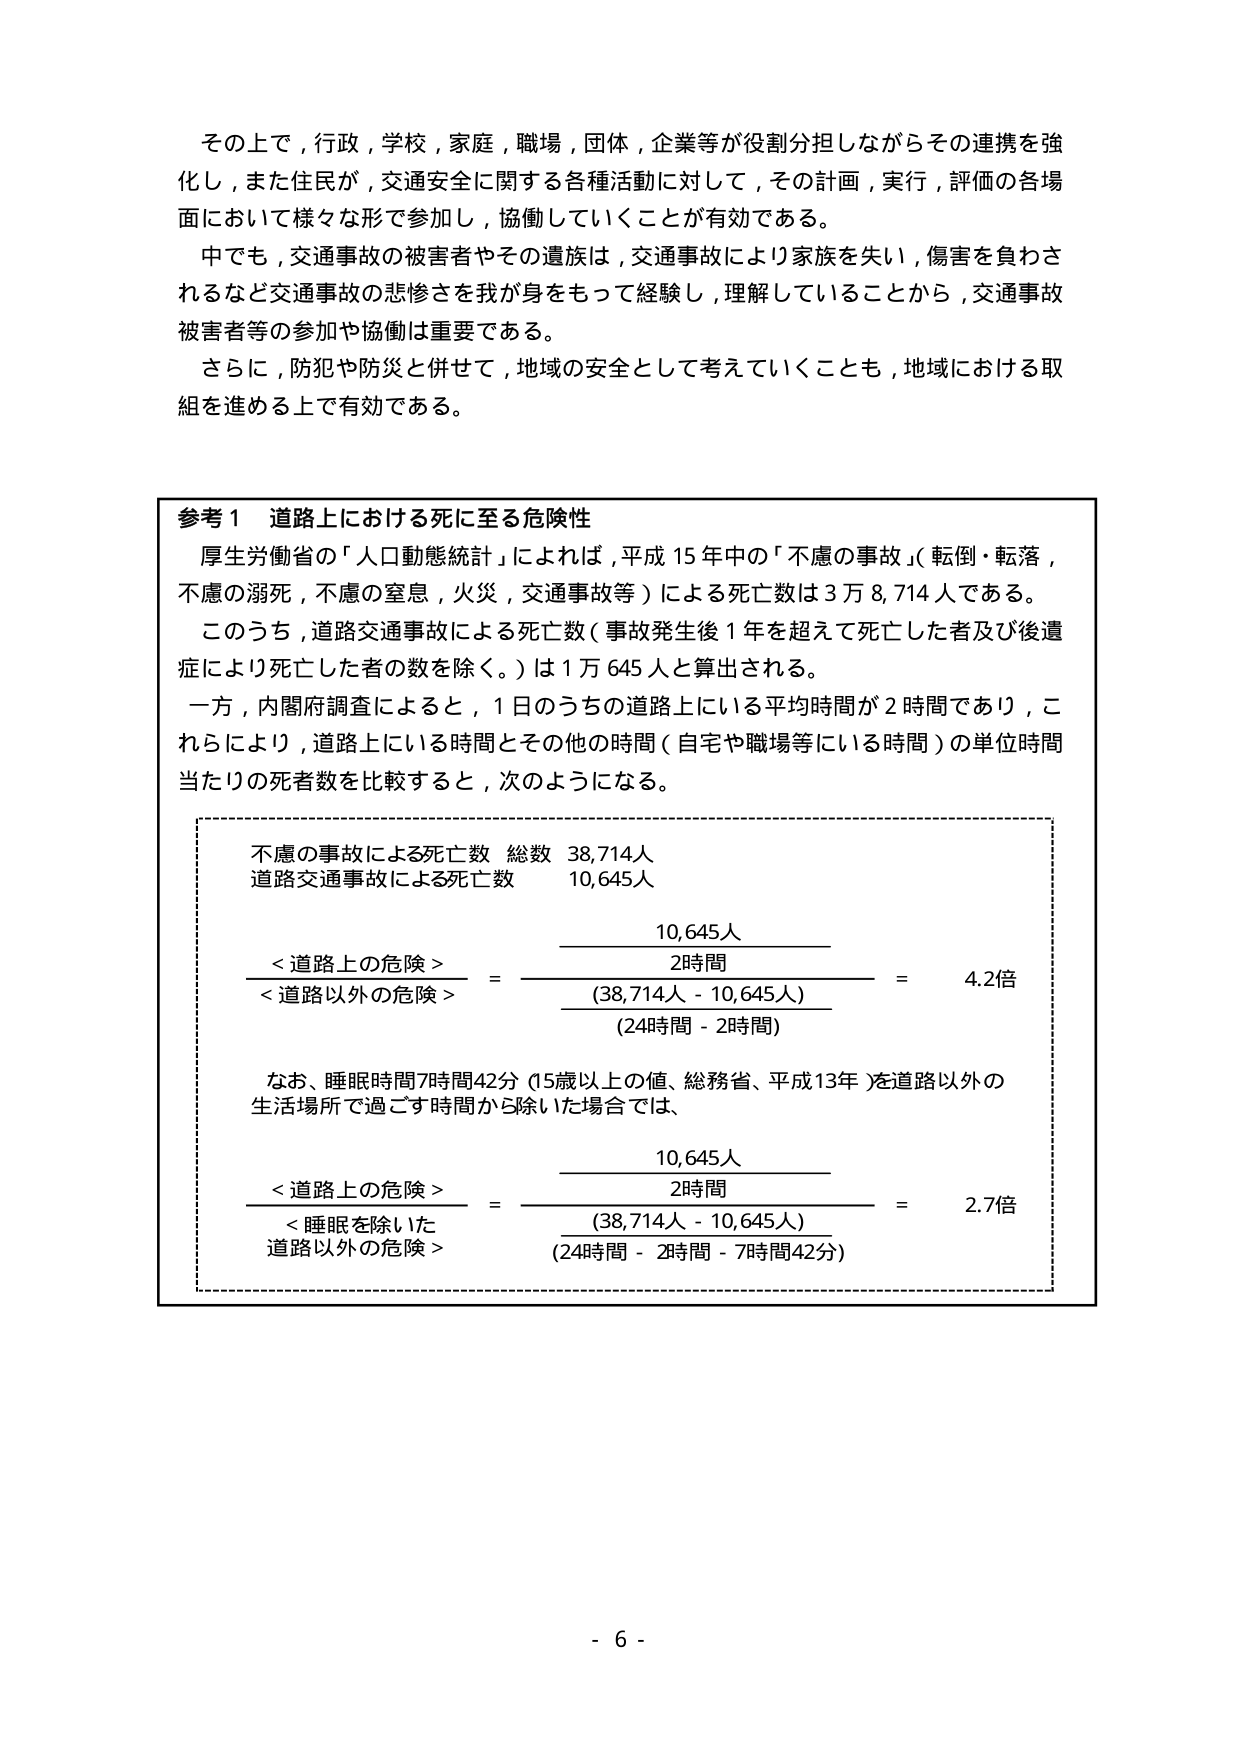
その上で，行政，学校，家庭，職場，団体，企業等が役割分担しながらその連携を強化し，また住民が，交通安全に関する各種活動に対して，その計画，実行，評価の各場面において様々な形で参加し，協働していくことが有効である。

中でも，交通事故の被害者やその遺族は，交通事故により家族を失い，傷害を負わされるなど交通事故の悲惨さを我が身をもって経験し，理解していることから，交通事故被害者等の参加や協働は重要である。

さらに，防犯や防災と併せて，地域の安全として考えていくことも，地域における取組を進める上で有効である。

参考１ 道路上における死に至る危険性

厚生労働省の「人口動態統計」によれば，平成15年中の「不慮の事故」（転倒・転落，不慮の溺死，不慮の窒息，火災，交通事故等）による死亡数は3万8,714人である。

このうち，道路交通事故による死亡数（事故発生後1年を超えて死亡した者及び後遺症により死亡した者の数を除く。）は1万645人と算出される。

一方，内閣府調査によると，1日のうちの道路上にいる平均時間が2時間であり，これにより，道路上にいる時間とその他の時間（自宅や職場等にいる時間）の単位時間当たりの死者数を比較すると，次のようになる。

不慮の事故による死亡数 総数 38,714人
道路交通事故による死亡数 10,645人

<道路上の危険>     10,645人
<道路以外の危険>   2時間
                  = --------------------- = 4.2倍
                  (38,714人 - 10,645人)
                  (24時間 - 2時間)

なお、睡眠時間7時間42分（15歳以上の値、総務省、平成13年）を道路以外の生活場所で過ごす時間から除いた場合では、

<道路上の危険>     10,645人
<睡眠を除いた     2時間
道路以外の危険>   = --------------------- = 2.7倍
                  (38,714人 - 10,645人)
                  (24時間 - 2時間 - 7時間42分)

- 6 -